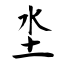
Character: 坔